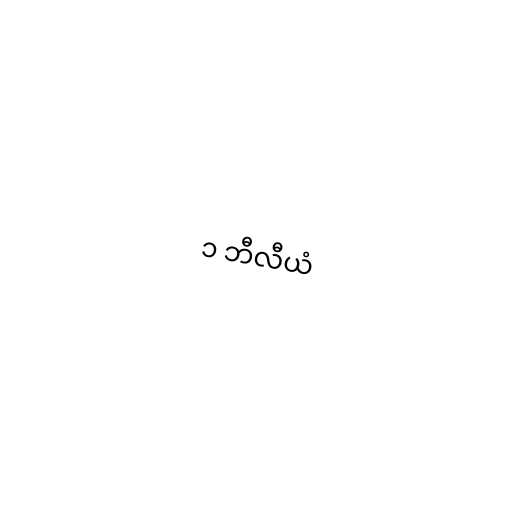
၁ ဘီလီယံ